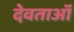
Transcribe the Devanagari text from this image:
देवताऑं